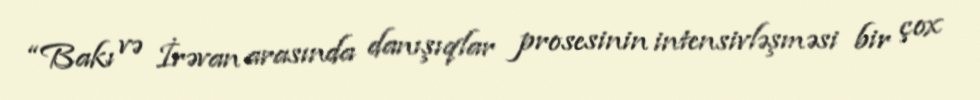
“Bakı və İrəvan arasında danışıqlar prosesinin intensivləşməsi bir çox